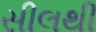
સીલથી